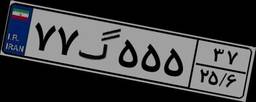
۷۷گ۵۵۵۳۷